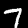
Digit: 7